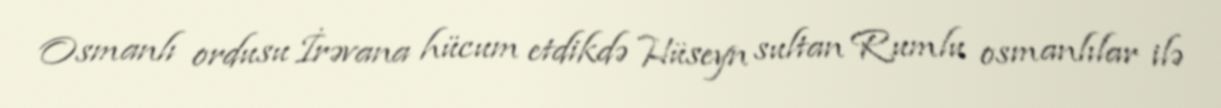
Osmanlı ordusu İrəvana hücum etdikdə Hüseyn sultan Rumlu osmanlılar ilə